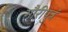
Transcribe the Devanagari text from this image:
गौरीपुत्रं